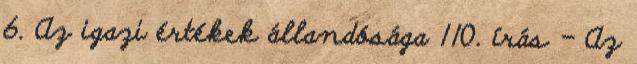
6. Az igazi értékek állandósága 110. írás - Az